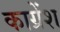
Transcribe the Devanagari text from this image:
काग्रेंश